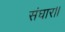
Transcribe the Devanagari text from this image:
संघार।।